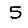
Digit: 5